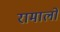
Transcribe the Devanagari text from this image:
रामालो